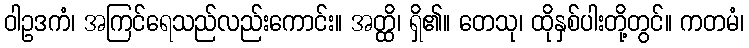
ဝါဥဒကံ၊ အကြင်ရေသည်လည်းကောင်း။ အတ္ထိ၊ ရှိ၏။ တေသု၊ ထိုနှစ်ပါးတို့တွင်။ ကတမံ၊